Civil Veterinary Department. Madras. Admin. report 1926-33 - 1926-1933
Year: 1926
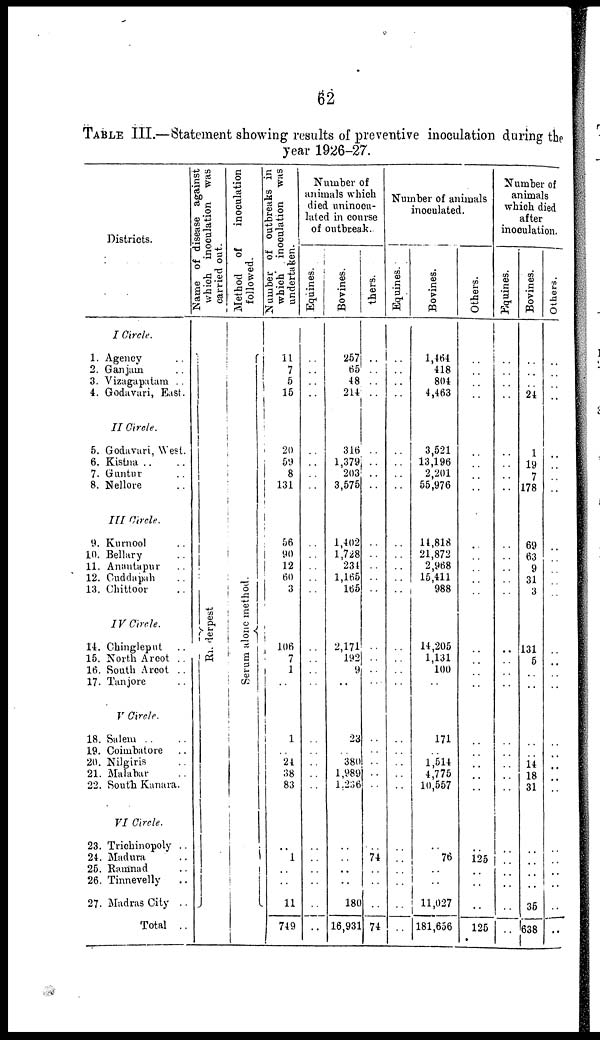
62
TABLE III.—Statement showing results of preventive inoculation during the
year 1926-27.
Districts.
I Circle.
1. Agency ..
2. Ganjain ..
3. Vizagapatam ..
4. Godavari, East.
II Circle.
5. Godavari, West.
6. Kistna .. ..
7. Guntur ..
8. Nellore ..
III Circle.
9. Kurnool ..
10. Bellary ..
11. Anantapur ..
12. Cuddapah ..
13. Chittoor ..
IV Circle.
14. Chingleput ..
15. North Arcot ..
16. South Arcot ..
17. Tanjore ..
V Circle.
18. Salem .. ..
19. Coimbatore ..
20. Nilgiris ..
21. Malabar ..
22. South Kanara.
VI Circle.
23. Trichinopoly ..
24. Madura ..
25. Ramnad ..
26. Tinnevelly ..
27. Madras City ..
Total ..
Name of disease against
which inoculation was
carried out.
Ri nder pest
Method of
inoculation
followed.
Se r
um alone method.
Number of outbreaks in
which inoculation was
undertaken.
11
7
5 15
20
59
8
131
56
90
12
60
3
106
7
1
..
1
.. 24
38
83
..
1
.. ..
..
11
749
Number of
animals which
died uninocu-
lated in course
of outbreak.
Equines.
..
..
..
..
..
..
..
..
..
..
..
..
..
..
..
..
..
..
..
..
..
..
..
..
..
..
..
..
Bovines.
257
65
48
214
316
1,379
203
3,575
1,402
1,728
234
1,165
165
2,171
192
9
..
23
380
1,989
1,236
..
..
..
..
180
16,931
thers.
..
..
..
..
..
..
..
..
..
..
..
..
..
..
..
..
..
..
..
..
..
..
..
74
..
..
..
74
Number of animals
inoculated.
Equines.
..
..
..
..
..
..
..
..
..
..
..
..
..
..
..
..
..
..
..
..
..
..
..
..
..
..
..
..
Bovines.
1,464
418
804
4,463
3,521
13,196
2,201
55,976
14,818
21,872
2,968
15,411
988
14,205
1,131
100
..
171
..
1,514
4,775
10,557
..
76
..
..
11,027
181,656
Others.
..
..
..
..
..
..
..
..
..
..
..
..
..
..
..
..
..
..
..
..
..
..
..
125
..
..
..
125
Number of
animals
which died
after
inoculation.
Equines.
..
..
..
..
..
..
..
..
..
..
..
..
..
..
..
..
..
..
..
..
..
..
..
..
..
..
..
..
Bovines.
..
..
..
24
1
19
7
178
69
63
9
31
3
131
5
..
..
..
..
14
18
31
..
..
..
..
35
638
Others.
..
..
..
..
..
..
..
..
..
..
..
..
..
..
..
..
..
..
..
..
..
..
..
..
..
..
..
..